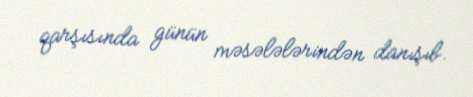
qarşısında günün məsələlərindən danışıb.